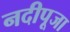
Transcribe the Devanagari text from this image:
नदीपूजा